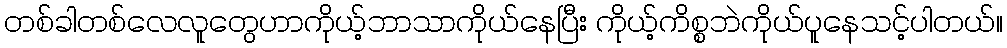
တစ်ခါတစ်လေလူတွေဟာကိုယ့်ဘာသာကိုယ်နေပြီး ကိုယ့်ကိစ္စဘဲကိုယ်ပူနေသင့်ပါတယ်။